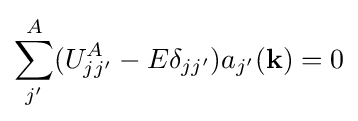
\sum _{j'}^{A}(U_{jj'}^{A}-E\delta _{jj'})a_{j'}(\mathbf {k} )=0